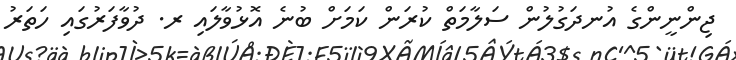
ޖިންނީންގެ އުނދަގުލުން ސަލާމަތް ކުރަން ކަމަށް ބުނެ އޮޅުވާލައި ރ. ދުވާފަރުގައި ހަތަރު